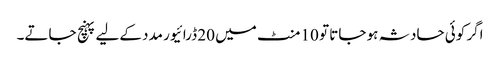
اگر کوئی حادثہ ہو جاتا تو 10 منٹ میں 20 ڈرائیور مدد کےلیے پہنچ جاتے۔